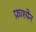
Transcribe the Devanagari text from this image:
फ़ाश्येन